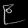
Digit: ၉